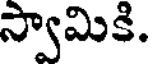
స్వామికి.